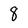
Character: 8